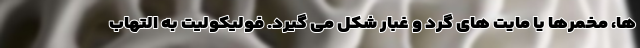
ها، مخمرها یا مایت های گرد و غبار شکل می گیرد. فولیکولیت به التهاب